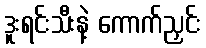
ဒူးရင်းသီးနဲ့ ကောက်ညှင်း